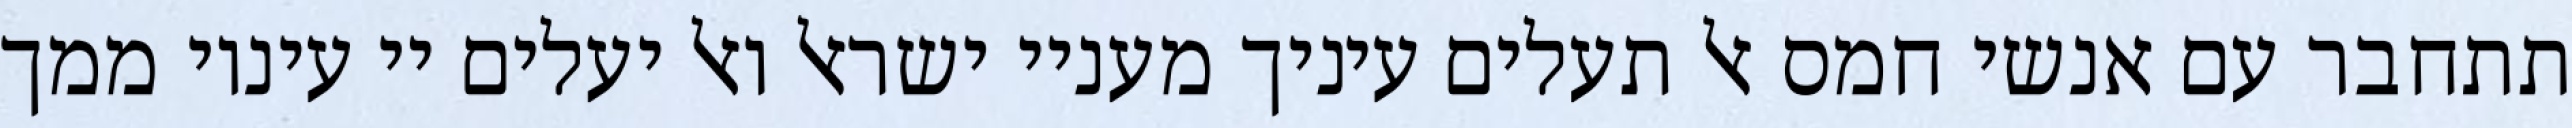
תתחבר עם אנשי חמס אל תעלים עיניך מעניי ישראל ואל יעלים יי עיניו ממך